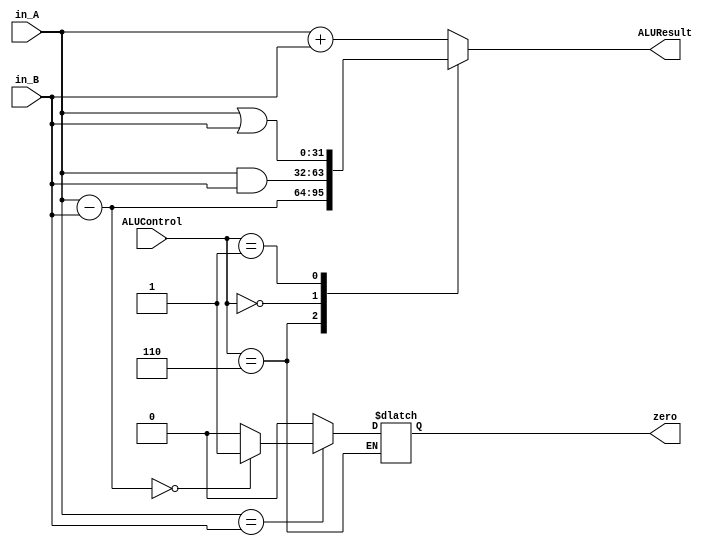
module ALU (
    input  [31:0] in_A,
    input  [31:0] in_B,
    input  [3:0]  ALUControl,
    output reg [31:0] ALUResult,
    output reg zero
);

    // Internal wire
    reg [31:0] alu_result;

    // ALU operations
    always @* begin
        case (ALUControl)
            4'b0010: alu_result = in_A + in_B; // ADD
            4'b0110: alu_result = in_A - in_B; // SUB
            4'b0000: alu_result = in_A & in_B; // AND
            4'b0001: alu_result = in_A | in_B; // OR
            4'b0010: alu_result = in_A + in_B; // LOAD
            4'b0010: alu_result = in_A + in_B; // STORE
            default: alu_result = in_A + in_B; // Default to ADD
        endcase
    end

    // Branch instruction based on zero flag
    always @* begin
        if (ALUControl == 4'b0110) begin // BEQ (branch if equal)
            if (in_A == in_B) begin
                // Subtract the inputs and set zero flag based on result
                if ((in_A - in_B) == 0)
                    zero = 1; // If equal and result is 0, set zero flag to 1
                else
                    zero = 0; // If equal but result is not 0, set zero flag to 0
            end else begin
                // Inputs are not equal, so zero flag is set to 0
                zero = 0;
            end
        end
        // Add more branch instructions here if needed
    end

    // Assign ALU result
    always @* begin
        ALUResult <= alu_result;
    end

endmodule